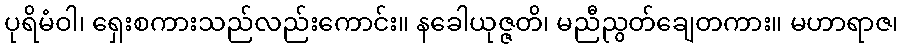
ပုရိမံဝါ၊ ရှေးစကားသည်လည်းကောင်း။ နခေါယုဇ္ဇတိ၊ မညီညွတ်ချေတကား။ မဟာရာဇ၊